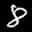
Label: 8